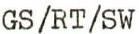
GS/RT/SW